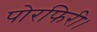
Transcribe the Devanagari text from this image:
पोरफिरी।